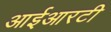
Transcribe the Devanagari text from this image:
आईआरटी